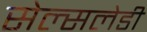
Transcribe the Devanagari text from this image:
सेल्सलेडी